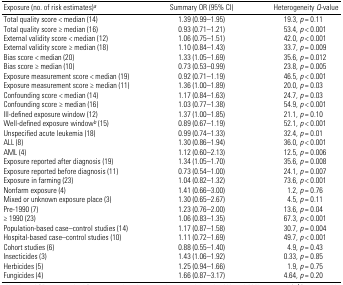
<table><thead><tr><td><b>Exposure (no. of risk estimates)a</b></td><td><b>Summary OR (95% CI)</b></td><td><b>Heterogeneity <i>Q</i>-value</b></td></tr></thead><tbody><tr><td>Total quality score &lt; median (14)</td><td>1.39 (0.99–1.95)</td><td>19.3, <i>p</i> = 0.11</td></tr><tr><td>Total quality score ≥ median (16)</td><td>0.93 (0.71–1.21)</td><td>53.4, <i>p</i> &lt; 0.001</td></tr><tr><td>External validity score &lt; median (12)</td><td>1.06 (0.75–1.51)</td><td>42.0, <i>p</i> &lt; 0.001</td></tr><tr><td>External validity score ≥ median (18)</td><td>1.10 (0.84–1.43)</td><td>33.7, <i>p</i> = 0.009</td></tr><tr><td>Bias score &lt; median (20)</td><td>1.33 (1.05–1.69)</td><td>35.6, <i>p</i> = 0.012</td></tr><tr><td>Bias score ≥ median (10)</td><td>0.73 (0.53–0.99)</td><td>23.8, <i>p</i> = 0.005</td></tr><tr><td>Exposure measurement score &lt; median (19)</td><td>0.92 (0.71–1.19)</td><td>46.5, <i>p</i> &lt; 0.001</td></tr><tr><td>Exposure measurement score ≥ median (11)</td><td>1.36 (1.00–1.89)</td><td>20.0, <i>p</i> = 0.03</td></tr><tr><td>Confounding score &lt; median (14)</td><td>1.17 (0.84–1.63)</td><td>24.7, <i>p</i> = 0.03</td></tr><tr><td>Confounding score ≥ median (16)</td><td>1.03 (0.77–1.38)</td><td>54.9, <i>p</i> &lt; 0.001</td></tr><tr><td>Ill-defined exposure window (12)</td><td>1.37 (1.00–1.85)</td><td>21.1, <i>p</i> = 0.10</td></tr><tr><td>Well-defined exposure windowb (15)</td><td>0.89 (0.67–1.19)</td><td>52.1, <i>p</i> &lt; 0.001</td></tr><tr><td>Unspecified acute leukemia (18)</td><td>0.99 (0.74–1.33)</td><td>32.4, <i>p</i> = 0.01</td></tr><tr><td>ALL (8)</td><td>1.30 (0.86–1.94)</td><td>36.0, <i>p</i> &lt; 0.001</td></tr><tr><td>AML (4)</td><td>1.12 (0.60–2.13)</td><td>12.5, <i>p</i> = 0.006</td></tr><tr><td>Exposure reported after diagnosis (19)</td><td>1.34 (1.05–1.70)</td><td>35.6, <i>p</i> = 0.008</td></tr><tr><td>Exposure reported before diagnosis (11)</td><td>0.73 (0.54–1.00)</td><td>24.1, <i>p</i> = 0.007</td></tr><tr><td>Exposure in farming (23)</td><td>1.04 (0.82–1.32)</td><td>73.6, <i>p</i> &lt; 0.001</td></tr><tr><td>Nonfarm exposure (4)</td><td>1.41 (0.66–3.00)</td><td>1.2, <i>p</i> = 0.76</td></tr><tr><td>Mixed or unknown exposure place (3)</td><td>1.30 (0.65–2.67)</td><td>4.5, <i>p</i> = 0.11</td></tr><tr><td>Pre-1990 (7)</td><td>1.23 (0.76–2.00)</td><td>13.6, <i>p</i> = 0.04</td></tr><tr><td>≥ 1990 (23)</td><td>1.06 (0.83–1.35)</td><td>67.3, <i>p</i> &lt; 0.001</td></tr><tr><td>Population-based case–control studies (14)</td><td>1.17 (0.87–1.58)</td><td>30.7, <i>p</i> = 0.004</td></tr><tr><td>Hospital-based case–control studies (10)</td><td>1.11 (0.72–1.69)</td><td>49.7, <i>p</i> &lt; 0.001</td></tr><tr><td>Cohort studies (6)</td><td>0.88 (0.55–1.40)</td><td>4.9, <i>p</i> = 0.43</td></tr><tr><td>Insecticides (3)</td><td>1.43 (1.06–1.92)</td><td>0.33, <i>p</i> = 0.85</td></tr><tr><td>Herbicides (5)</td><td>1.25 (0.94–1.66)</td><td>1.9, <i>p</i> = 0.75</td></tr><tr><td>Fungicides (4)</td><td>1.66 (0.87–3.17)</td><td>4.64, <i>p</i> = 0.20</td></tr></tbody></table>